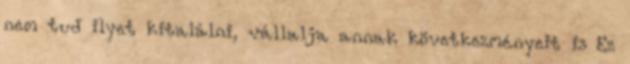
nem tud ilyet kitalálni, vállalja annak következményeit is Ez